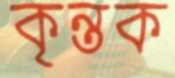
কৃন্তক